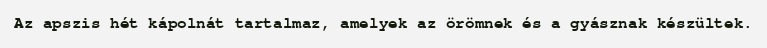
Az apszis hét kápolnát tartalmaz, amelyek az örömnek és a gyásznak készültek.